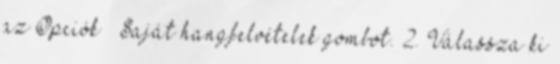
az Opciók → Saját hangfelvételek gombot. 2. Válassza ki